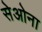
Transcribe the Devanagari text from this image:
सेओना